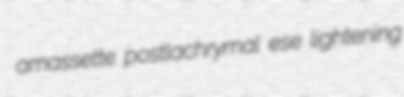
amassette postlachrymal ese lightening